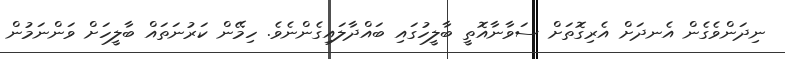
ނިދަންވެގެން އެނދަށް އެރިގޮތަށް ސަވާނާއޮތީ ބާލީހުގައި ބައްދާލައިގެންނެވެ. ހިމޭން ކަރުނަތައް ބާލީހަށް ވަންނަމުން